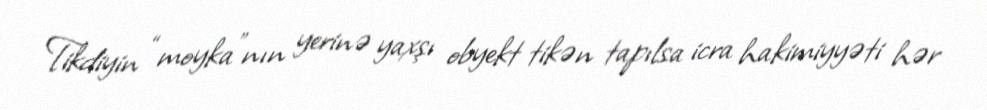
Tikdiyin “moyka”nın yerinə yaxşı obyekt tikən tapılsa icra hakimiyyəti hər